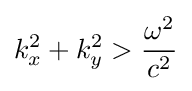
k_{x}^{2}+k_{y}^{2}>{\frac {\omega ^{2}}{c^{2}}}